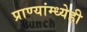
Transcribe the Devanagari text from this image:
प्राण्यांम्ध्येही